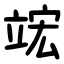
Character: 竤